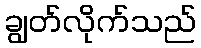
ချွတ်လိုက်သည်